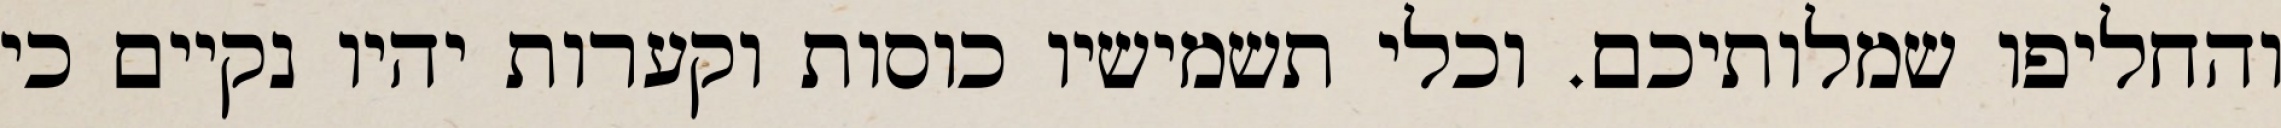
והחליפו שמלותיכם. וכלי תשמישיו כוסות וקערות יהיו נקיים כי